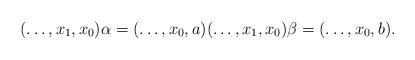
LaTeX: \begin{align*} (\ldots, x_1, x_0)\alpha = (\ldots, x_0, a) (\ldots, x_1, x_0)\beta = (\ldots, x_0, b). \end{align*}